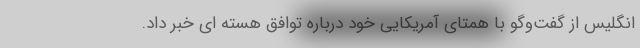
انگلیس از گفت‌وگو با همتای آمریکایی خود درباره توافق هسته ای خبر داد.